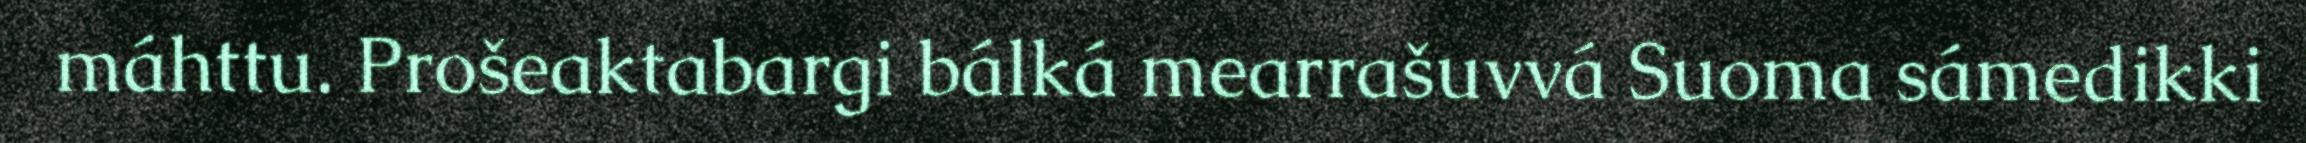
máhttu. Prošeaktabargi bálká mearrašuvvá Suoma sámedikki